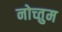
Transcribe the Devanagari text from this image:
नोच्तुम